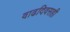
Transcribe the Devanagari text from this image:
वाढदिवसही